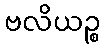
ဗလိယဉ္စ